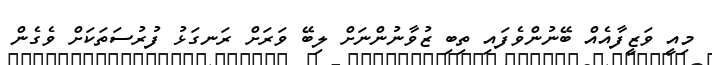
މިއީ ވަޒީފާއެއް ބޭނުންވެފައި ތިބި ޒުވާނުންނަށް ލިބޭ ވަރަށް ރަނގަޅު ފުރުސަތަކަށް ވެގެން